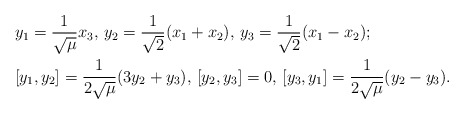
\begin{align*} &y_1=\frac{1}{\sqrt{\mu}}x_3, \, y_2=\frac{1}{\sqrt{2}}(x_1+x_2), \, y_3=\frac{1}{\sqrt{2}}(x_1-x_2);\\ &[y_1,y_2]=\frac{1}{2\sqrt{\mu}}(3y_2+y_3), \, [y_2,y_3]=0, \, [y_3,y_1]=\frac{1}{2\sqrt{\mu}}(y_2-y_3).\end{align*}